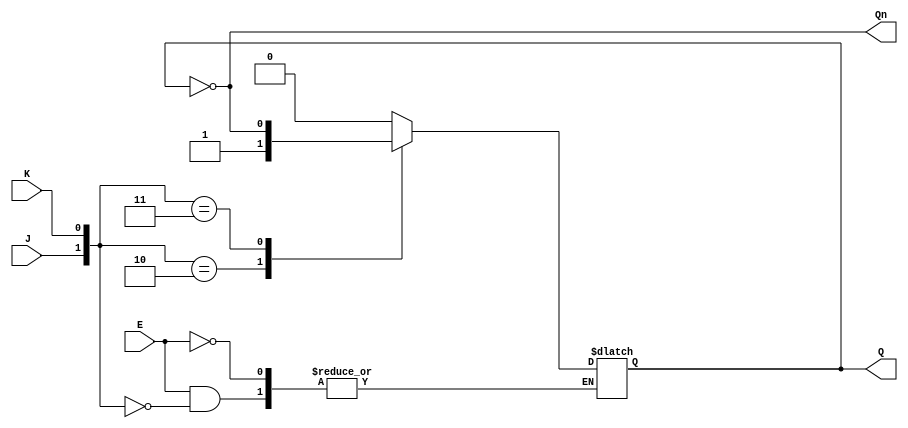
module gated_jk_latch (
    input wire J,     // Set input
    input wire K,     // Reset input
    input wire E,     // Enable signal
    output reg Q,     // Output Q
    output wire Qn    // Complementary output Q'
);

    // Complementary output Q'
    assign Qn = ~Q;

    always @(*) begin
        if (E) begin
            case ({J, K})
                2'b00: Q <= Q;        // No change
                2'b01: Q <= 0;        // Reset
                2'b10: Q <= 1;        // Set
                2'b11: Q <= ~Q;       // Toggle
                default: Q <= Q;      // Default case (should not occur)
            endcase
        end
        // If E is LOW, Q retains its previous state (no assignment needed)
    end

endmodule